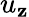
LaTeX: u_{\mathbf{z}}